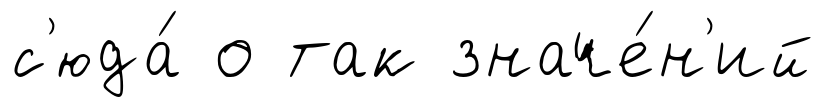
с'юда́ о так значе́н'ий